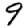
Digit: 9